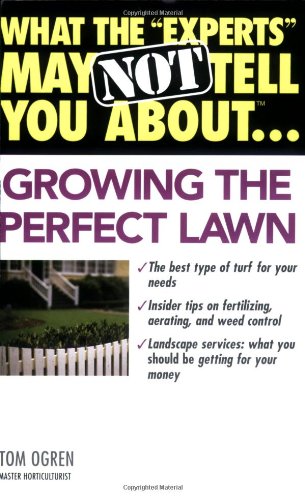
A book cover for What the "Experts" May Not Tell You About(TM)...Growing the Perfect Lawn; Tom Ogren; Crafts, Hobbies & Home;